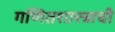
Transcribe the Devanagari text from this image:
गणितशास्त्राची